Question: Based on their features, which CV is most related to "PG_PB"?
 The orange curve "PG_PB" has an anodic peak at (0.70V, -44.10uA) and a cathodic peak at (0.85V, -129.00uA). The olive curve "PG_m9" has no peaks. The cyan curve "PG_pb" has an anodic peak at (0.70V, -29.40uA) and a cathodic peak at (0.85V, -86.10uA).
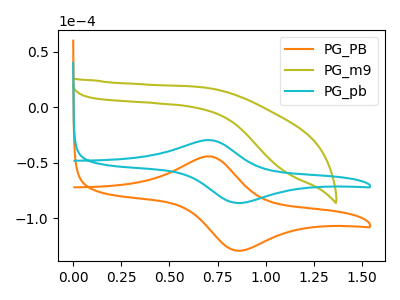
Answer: <think>"PG_PB" and "PG_m9" have a different number of peaks. All the peaks in "PG_PB" have a peak in "PG_pb" at the same potential. "PG_m9" and "PG_pb" have a different number of peaks.
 </think>
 <answer>The CV with the most similar shape to "PG_pb" is "PG_PB".</answer>
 <eval>"PG_PB"</eval>